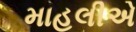
માહલીએ